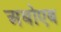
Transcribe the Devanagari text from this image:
अबोएब